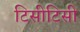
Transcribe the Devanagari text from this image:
टिसीटिसी